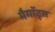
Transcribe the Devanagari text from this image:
मैगॉट्स